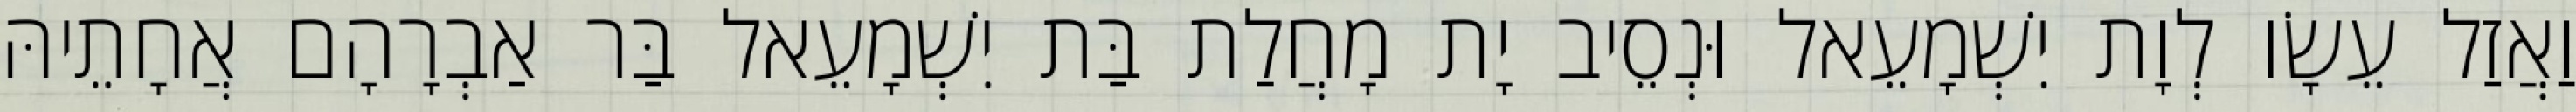
וַאֲזַל עֵשָׂו לְוָת יִשְׁמָעֵאל וּנְסֵיב יָת מָחֲלַת בַּת יִשְׁמָעֵאל בַּר אַבְרָהָם אֲחָתֵיהּ